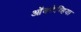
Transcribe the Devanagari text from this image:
ऑक्टेव्हिया